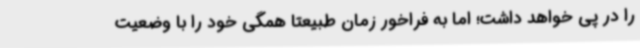
را در پی خواهد داشت؛ اما به فراخور زمان طبیعتاً همگی خود را با وضعیت